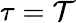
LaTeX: \tau=\mathcal{T}